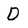
Character: D